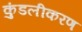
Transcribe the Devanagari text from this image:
कुंडलीकरण